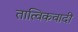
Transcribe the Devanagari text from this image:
तात्विकवादी